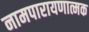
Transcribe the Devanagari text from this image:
नामपारायणात्मक